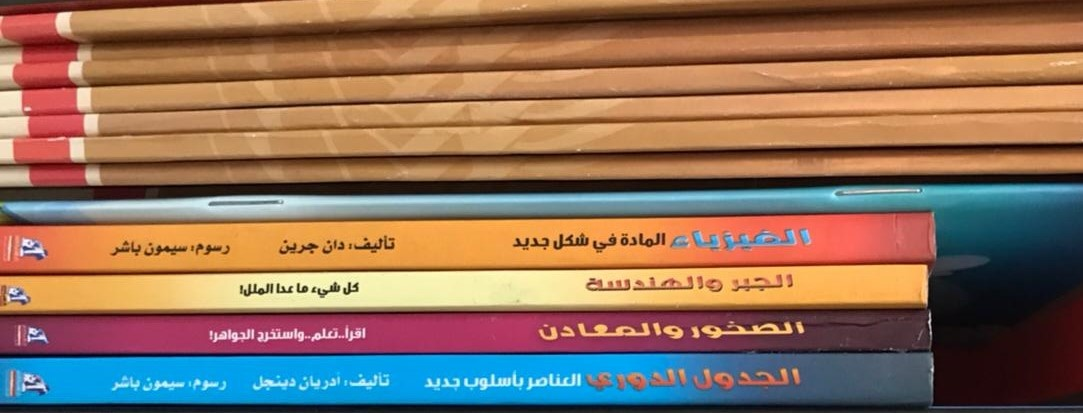
Text in image: الفيزياء المادة شكل في جديد تأليف دان جرين رسوم باشر سيمون الجبر والهندسة كل عدا ما الملل! شيء الصخور والمعادن إقرأ تعلم واستخرج الجواهر الجدول الدوري بأسلوب العناصر تأليف أدريان دينجل باشر جديد سيمون رسوم